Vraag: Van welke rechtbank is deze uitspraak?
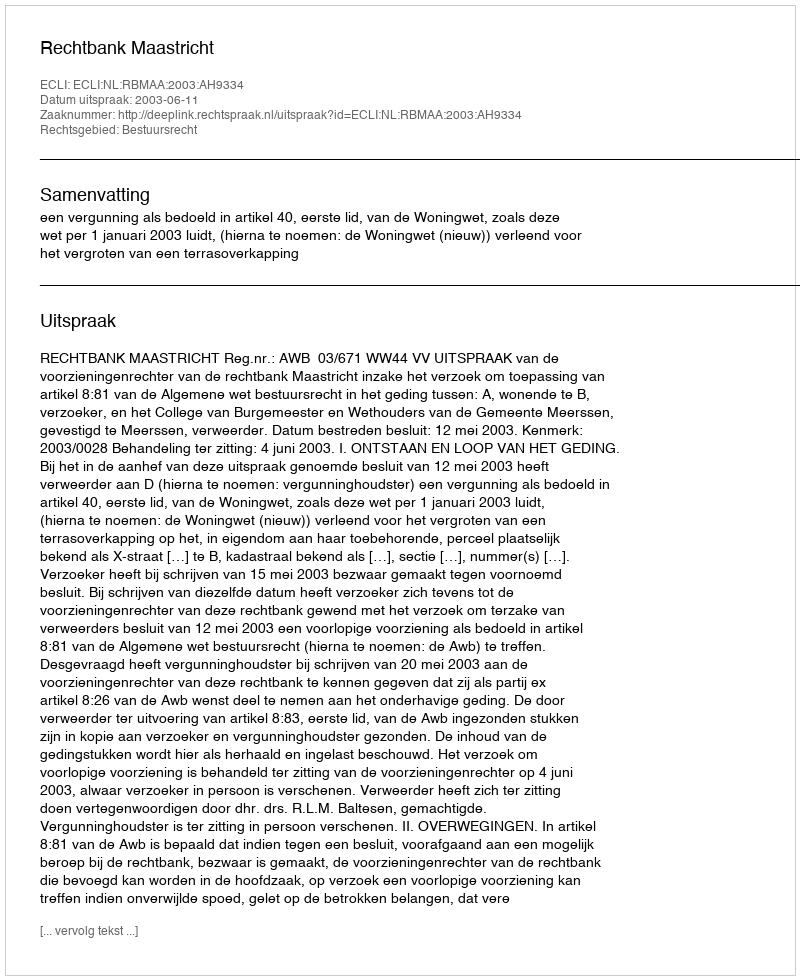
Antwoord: Rechtbank Maastricht